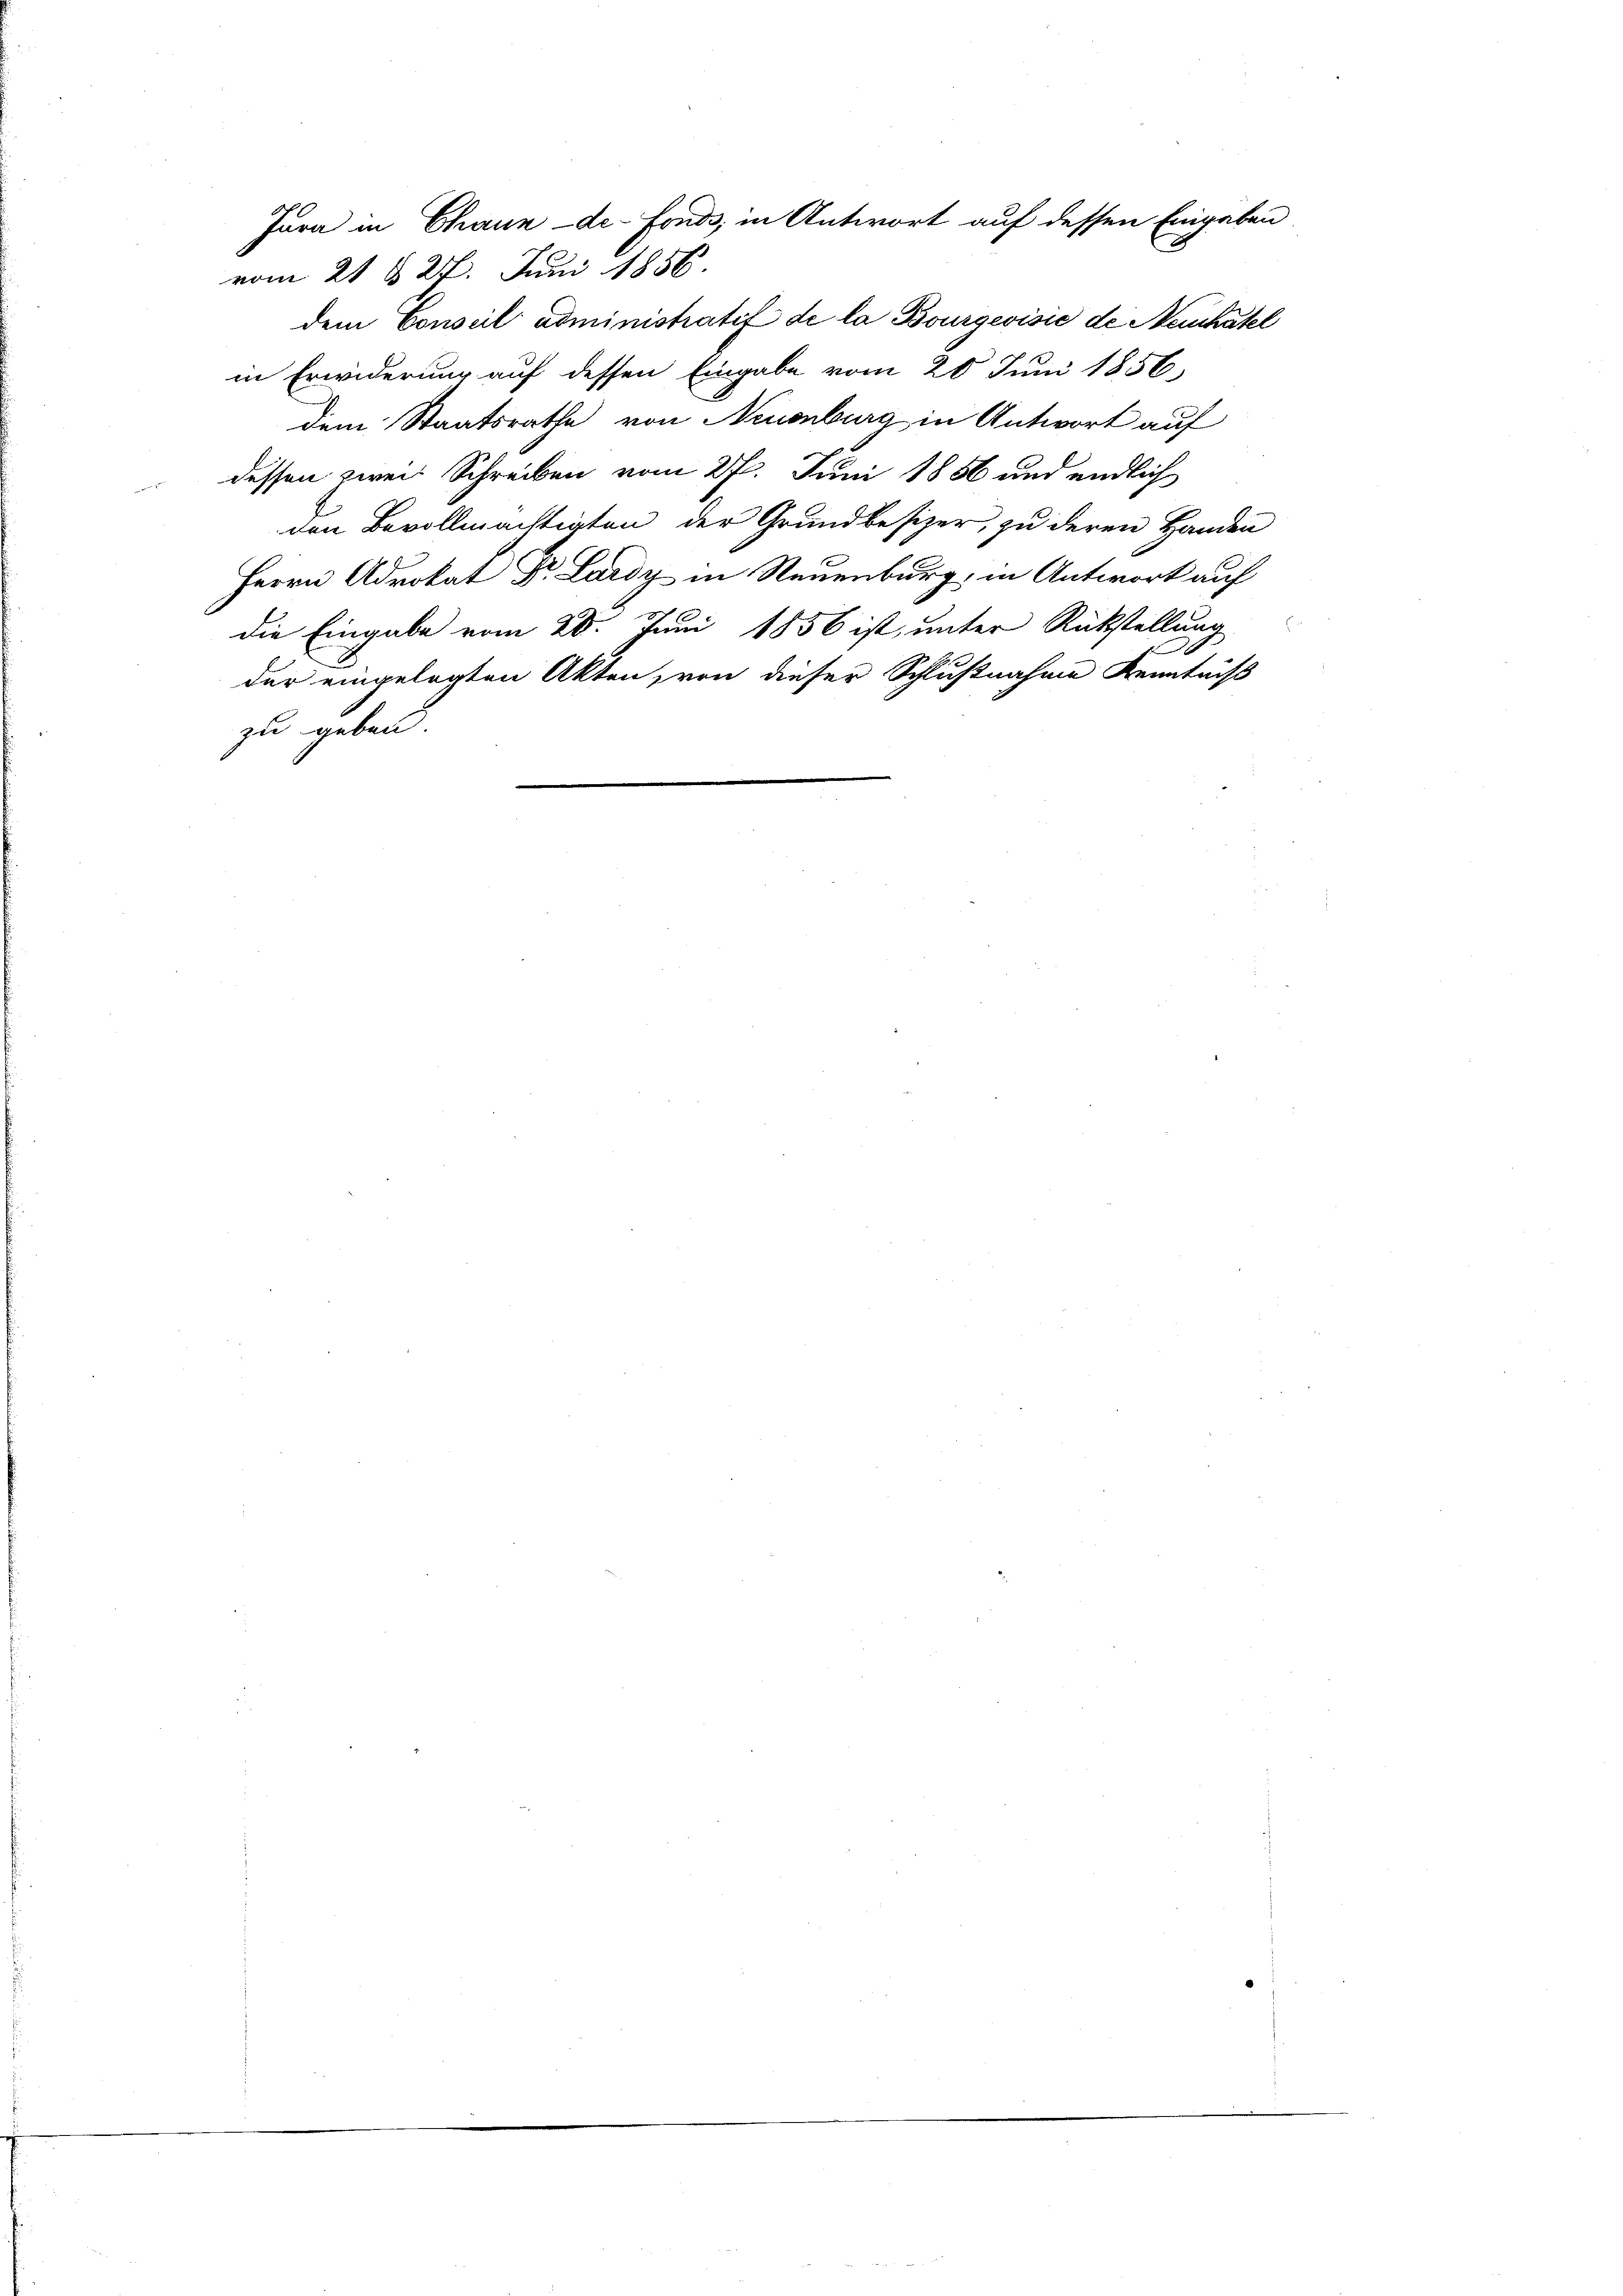
vom 21 § 27. Juni 1856
dem Conseil administratif de la Bourgeoisić de Manhatel
in Erwiderung auf dessen Eingabe vom 20 Juni 1856
dem Staatsrathe von Neuenburg in Antwort auf
dessen zwei Schreiben vom 27. Juni 1856 und endlich
den Bevollmächtigten der Grundbesizer, zu deren Handen
Herrn Advokat Dr. Lardy in Neuenburg, in Antwort auf
die Eingabe vom 20. Juni 1856 ist, unter Rückstellung
der eingelegten Akten, von dieser Schlußnahme Kenntniß
zu geben.

Jura in Chaux-de-Fonds, in Antwort auf dessen Eingaben